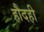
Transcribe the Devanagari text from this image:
हौदही